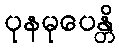
ပုနမုပေန္တိ